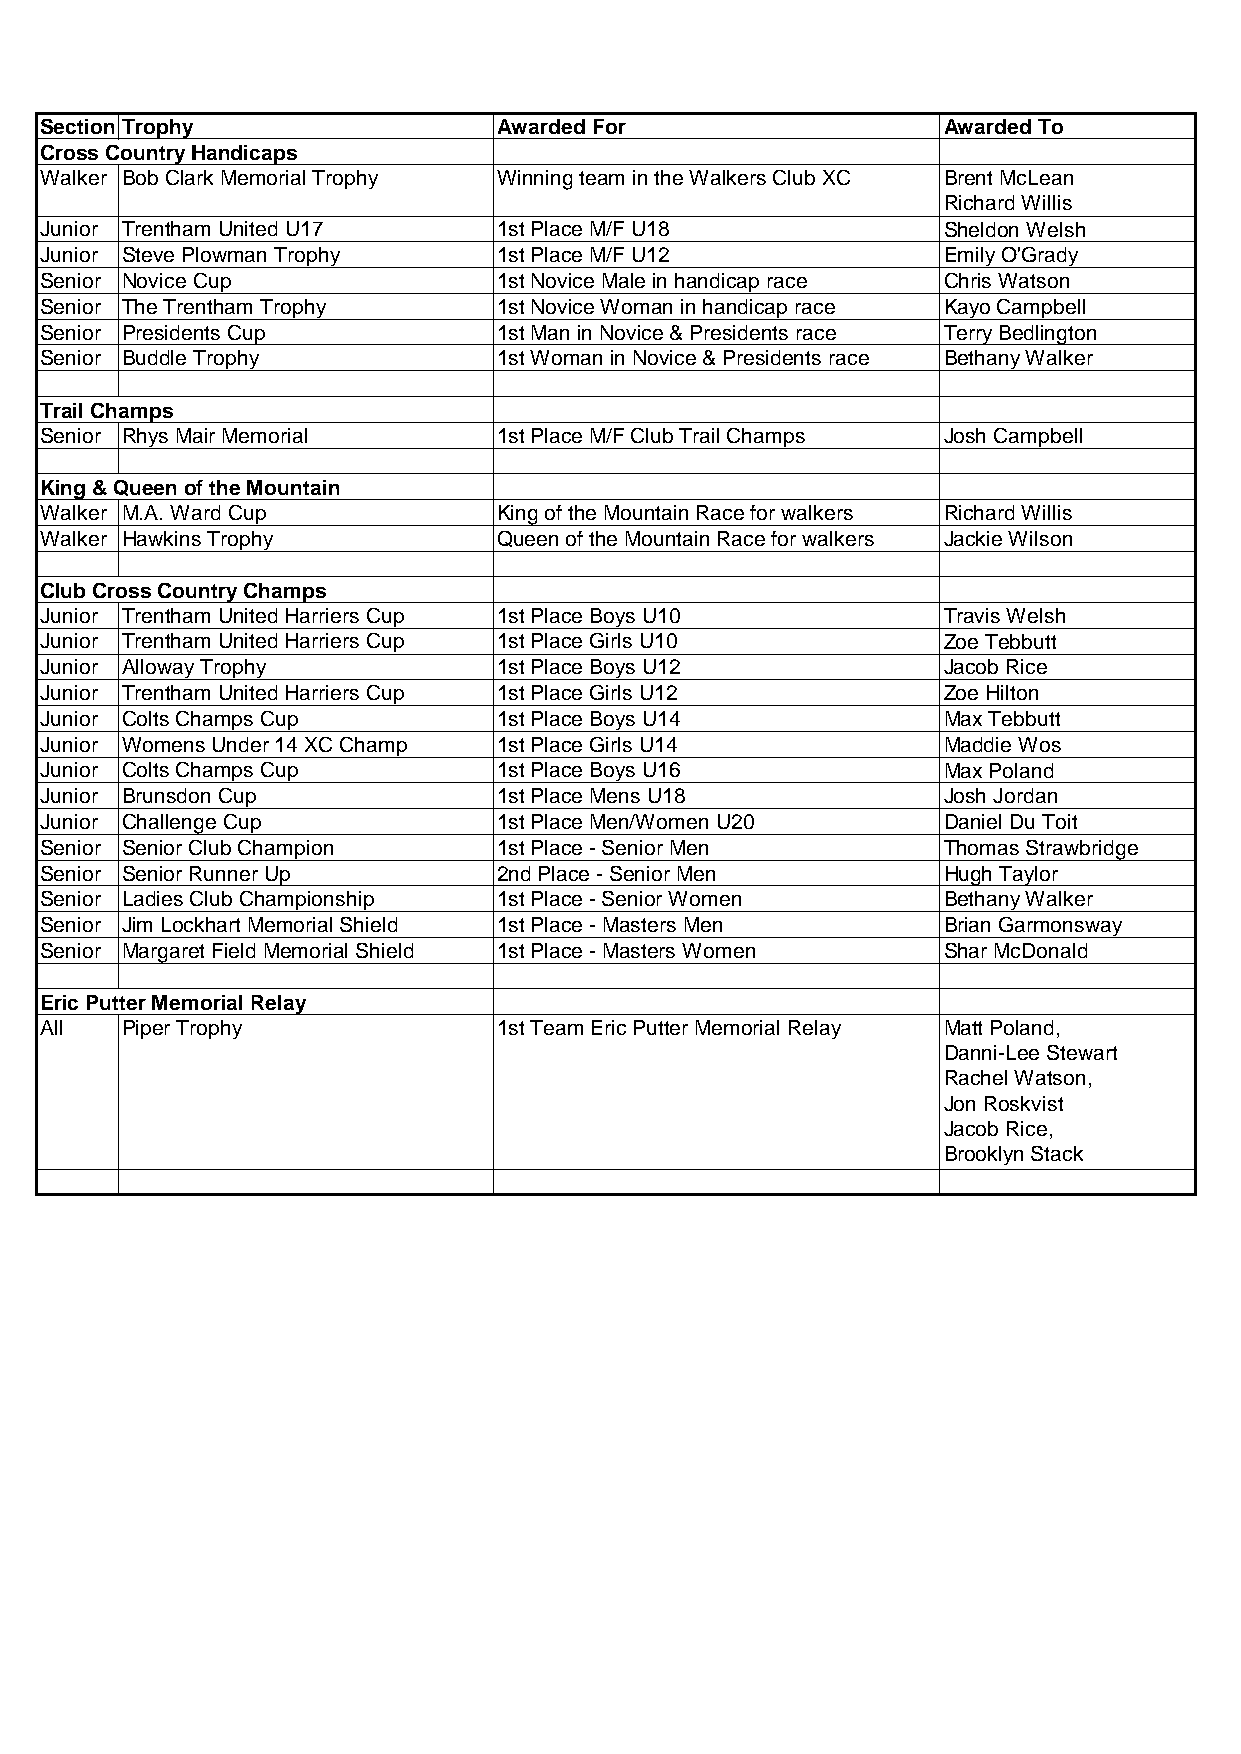
SectionTrophy                 Awarded For                  Awarded To
 Cross Country Handicaps
 Walker Bob Clark Memorial Trophy Winning team in the Walkers Club XC Brent McLean
 Richard Willis
 Junior Trentham United U17    1st Place M/F U18            Sheldon Welsh
 Junior Steve Plowman Trophy   1st Place M/F U12            Emily O'Grady
 Senior Novice Cup             1st Novice Male in handicap race Chris Watson
 Senior The Trentham Trophy    1st Novice Woman in handicap race Kayo Campbell
 Senior Presidents Cup         1st Man in Novice & Presidents race Terry Bedlington
 Senior Buddle Trophy          1st Woman in Novice & Presidents race Bethany Walker
 Trail Champs
 Senior Rhys Mair Memorial     1st Place M/F Club Trail Champs Josh Campbell
 King & Queen of the Mountain
 Walker M.A. Ward Cup          King of the Mountain Race for walkers Richard Willis
 Walker Hawkins Trophy         Queen of the Mountain Race for walkers Jackie Wilson
 Club Cross Country Champs
 Junior Trentham United Harriers Cup 1st Place Boys U10     Travis Welsh
 Junior Trentham United Harriers Cup 1st Place Girls U10    Zoe Tebbutt
 Junior Alloway Trophy         1st Place Boys U12           Jacob Rice
 Junior Trentham United Harriers Cup 1st Place Girls U12    Zoe Hilton
 Junior Colts Champs Cup       1st Place Boys U14           Max Tebbutt
 Junior Womens Under 14 XC Champ 1st Place Girls U14        Maddie Wos
 Junior Colts Champs Cup       1st Place Boys U16           Max Poland
 Junior Brunsdon Cup           1st Place Mens U18           Josh Jordan
 Junior Challenge Cup          1st Place Men/Women U20      Daniel Du Toit
 Senior Senior Club Champion   1st Place - Senior Men       Thomas Strawbridge
 Senior Senior Runner Up       2nd Place - Senior Men       Hugh Taylor
 Senior Ladies Club Championship 1st Place - Senior Women   Bethany Walker
 Senior Jim Lockhart Memorial Shield 1st Place - Masters Men Brian Garmonsway
 Senior Margaret Field Memorial Shield 1st Place - Masters Women Shar McDonald
 Eric Putter Memorial Relay
 All  Piper Trophy             1st Team Eric Putter Memorial Relay Matt Poland,
 Danni-Lee Stewart
 Rachel Watson,
 Jon Roskvist
 Jacob Rice,
 Brooklyn Stack